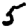
Digit: 5